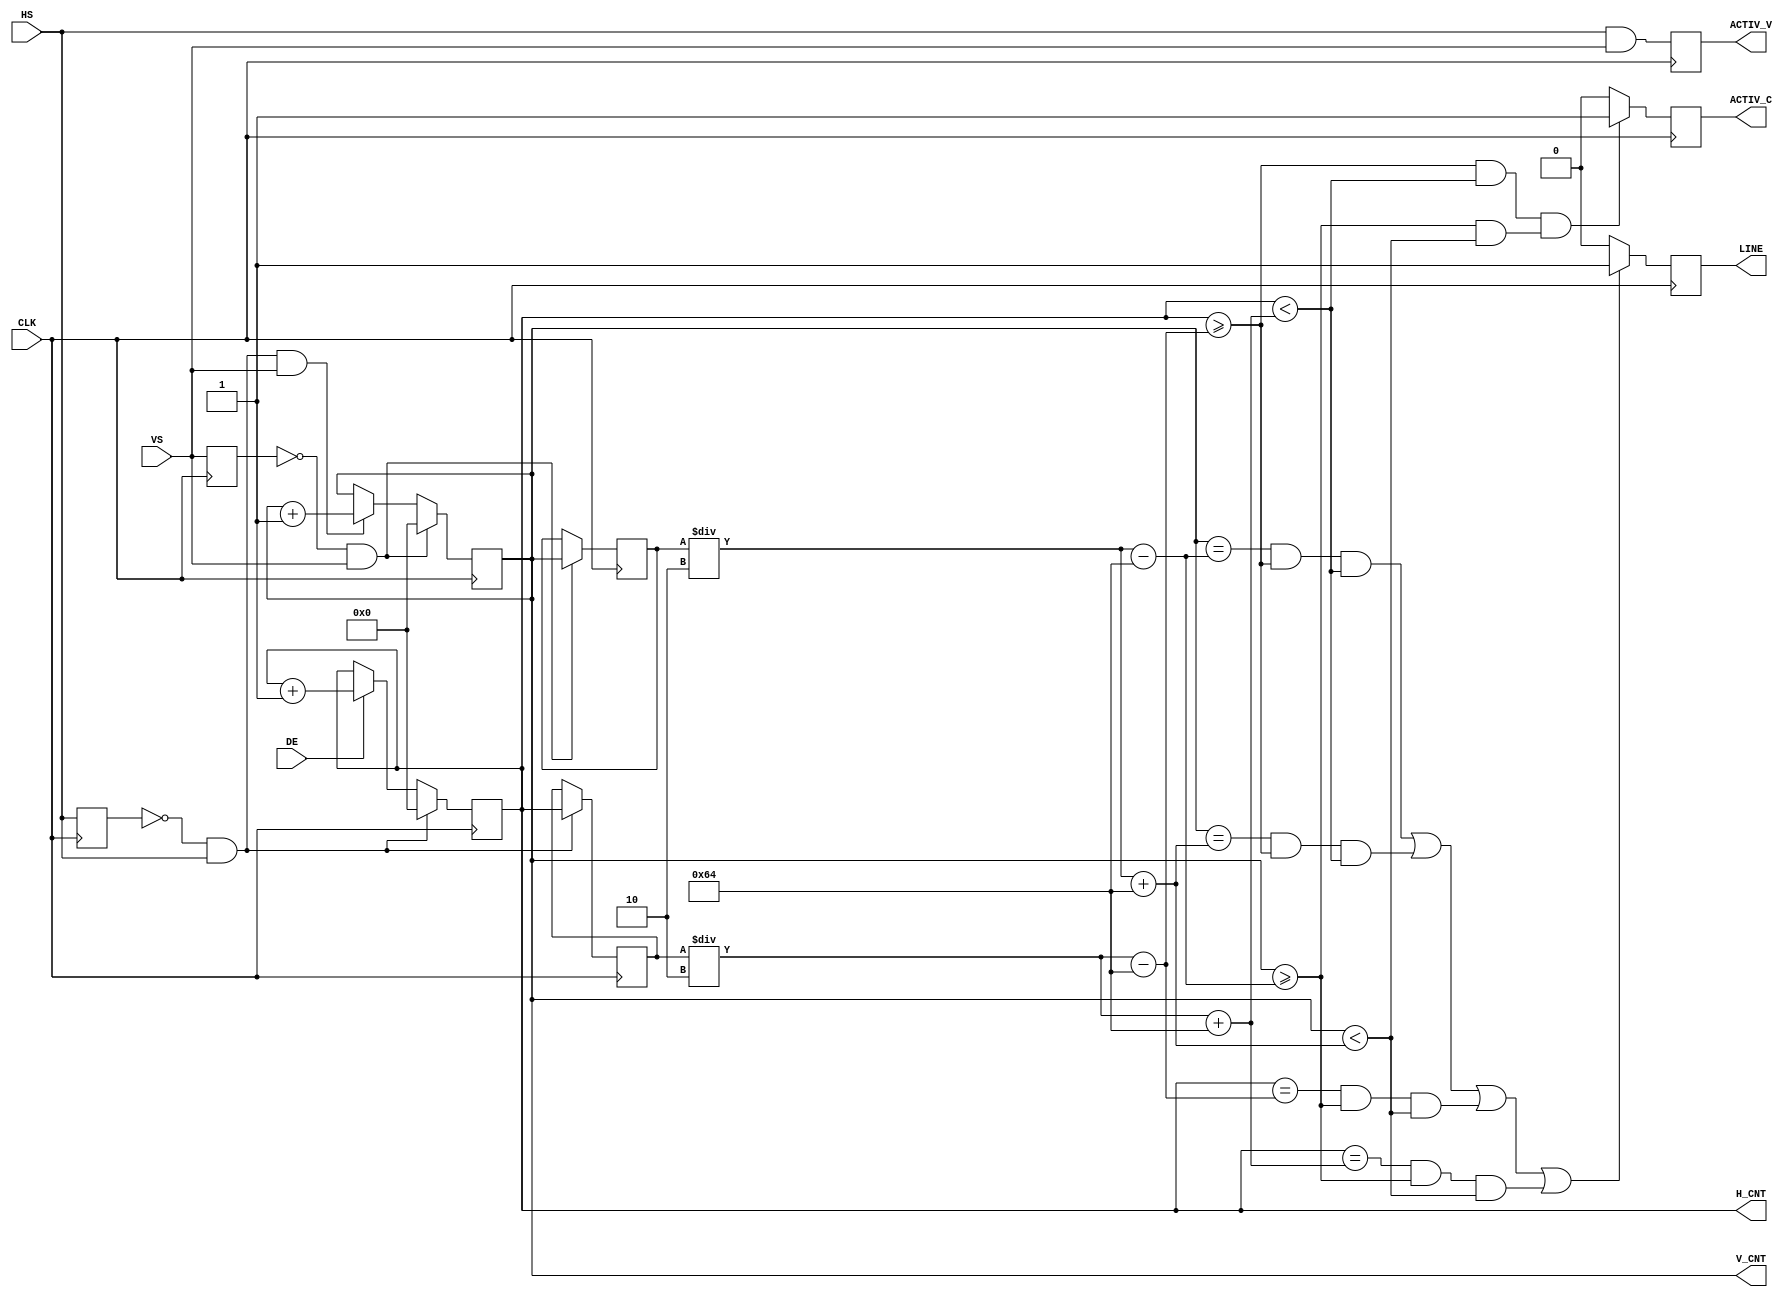
module LCD_COUNTER (
input CLK ,
input VS  , 
input HS  ,
input DE  , 
output reg [15:0] V_CNT ,
output reg [15:0] H_CNT ,
output reg  LINE ,
output reg  ACTIV_C,
output reg  ACTIV_V
) ; 
reg rHS ;
reg rVS ;

parameter H_OFF =12'd200 ; 
parameter V_OFF =12'd200 ; 

reg [15:0] H_CEN  ;//12'd450 ; 
reg [15:0] V_CEN  ;//12'd250 ; 


always @( posedge CLK  ) begin 
    ACTIV_V <=  HS & VS ; 
    rHS <= HS ;
	 rVS <= VS ;
	 //--H
	 if (!rHS &&  HS  ) begin  
	      { H_CNT ,H_CEN } <= {16'h0, H_CNT  }; 
	 end
	 //else if ( HS ) H_CNT <=H_CNT+1 ; 
	 else if ( DE ) H_CNT <=H_CNT+1 ; 
	 //--V
	 if (!rVS &&  VS  ) begin  
	      { V_CNT , V_CEN} <= {16'h0 ,  V_CNT }; 
	 end
	 else if ((!rHS &&  HS  ) && (VS) )  V_CNT <=V_CNT+1 ; 
	
	//--- H TRIGGER ---
	LINE  <= (
	 (( V_CNT == ( V_CEN/2 -V_OFF/2)  ) && ( H_CNT >= ( H_CEN/2 -H_OFF/2)  )  &&  ( H_CNT < ( H_CEN/2 +H_OFF/2)  )) ||
	 (( V_CNT == ( V_CEN/2 +V_OFF/2)  ) && ( H_CNT >= ( H_CEN/2 -H_OFF/2)  )  &&  ( H_CNT < ( H_CEN/2 +H_OFF/2)  )) ||
	 (( H_CNT == ( H_CEN/2 -H_OFF/2)  ) && ( V_CNT >= ( V_CEN/2 -V_OFF/2)  )  &&  ( V_CNT < ( V_CEN/2 +V_OFF/2)  )) ||
	 (( H_CNT == ( H_CEN/2 +H_OFF/2)  ) && ( V_CNT >= ( V_CEN/2 -V_OFF/2)  )  &&  ( V_CNT < ( V_CEN/2 +V_OFF/2)  ))
	 ) ?
	 1:0 ; 
	//--- V TRIGGER ---	
	ACTIV_C <= ( 
	  (( H_CNT >= ( H_CEN/2 -H_OFF/2)  ) &&  ( H_CNT < ( H_CEN/2 +H_OFF/2)  ))
	   &&
	  (( V_CNT >= ( V_CEN/2 -V_OFF/2)  ) &&  ( V_CNT < ( V_CEN/2 +V_OFF/2)  ))
	  )?1:0; 
end


endmodule